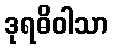
ဒုရဓိဝါသာ